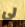
لي